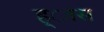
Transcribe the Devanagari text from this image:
ह्ास